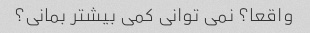
واقعا؟ نمی توانی کمی بیشتر بمانی؟